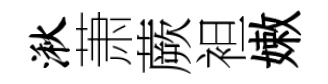
湫萧蕨袒嫩